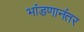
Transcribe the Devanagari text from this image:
भांडणानंतर